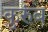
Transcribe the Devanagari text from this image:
कुरुंब